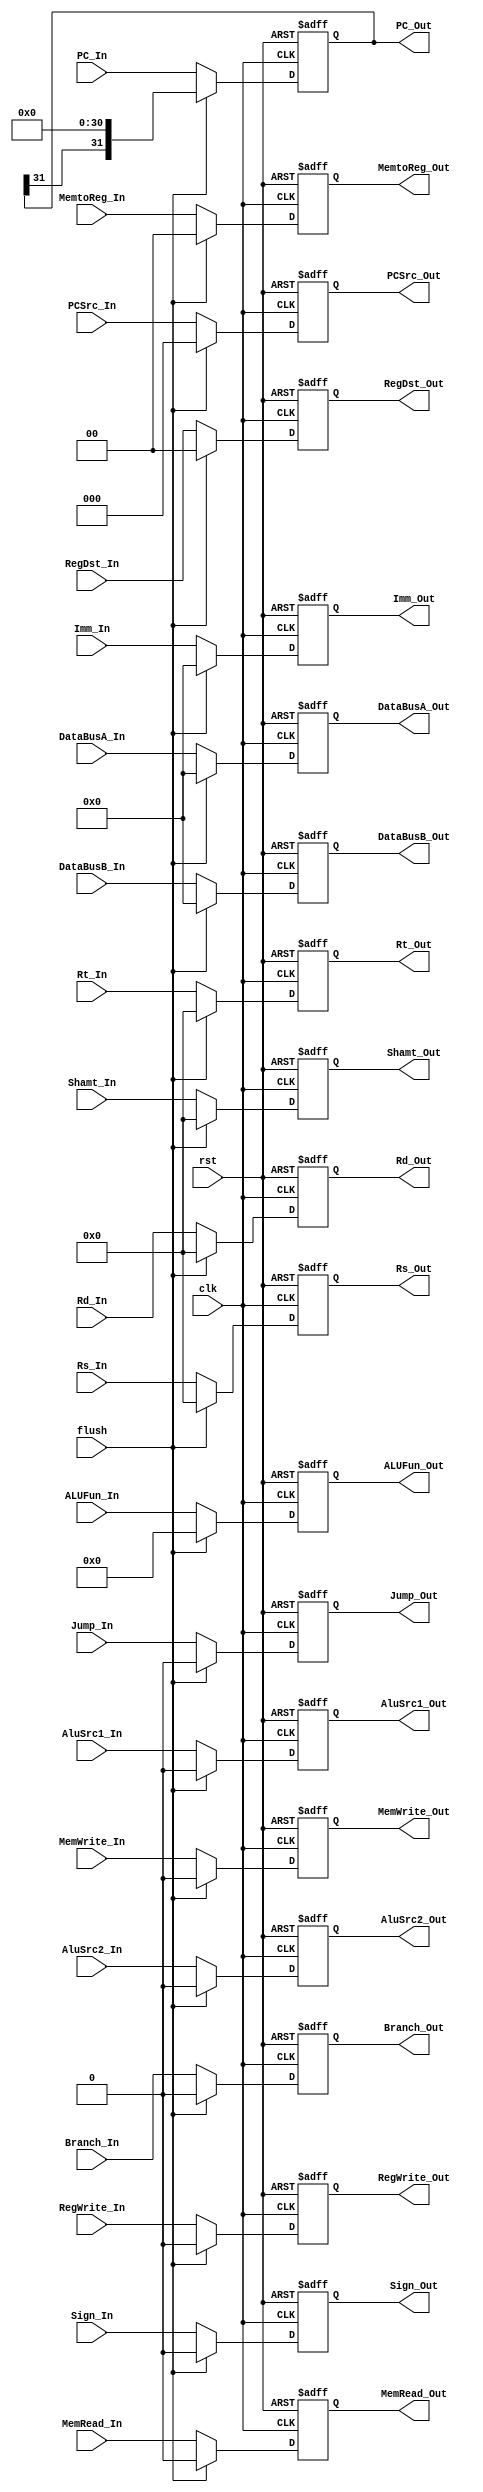
module ID2EX(
    input clk, rst, flush, 
    input AluSrc1_In, AluSrc2_In, RegWrite_In, Branch_In, Jump_In, MemWrite_In, MemRead_In, Sign_In,
    input [31:0] PC_In, DataBusA_In, DataBusB_In, Imm_In,
    input [4:0] Rd_In, Rt_In, Rs_In, Shamt_In, 
    input [5:0] ALUFun_In, 
    input [2:0] PCSrc_In, 
    input [1:0] RegDst_In, MemtoReg_In, 
    output reg AluSrc1_Out, AluSrc2_Out, RegWrite_Out, Branch_Out, Jump_Out, MemWrite_Out, MemRead_Out, Sign_Out,
    output reg [31:0] PC_Out, DataBusA_Out, DataBusB_Out, Imm_Out,
    output reg [4:0] Rd_Out, Rt_Out, Rs_Out, Shamt_Out, 
    output reg [5:0] ALUFun_Out, 
    output reg [2:0] PCSrc_Out, 
    output reg [1:0] RegDst_Out, MemtoReg_Out
);

    always @(posedge clk or posedge rst) begin
        if (rst) begin
            // reset
            AluSrc1_Out <= 0;
            AluSrc2_Out <= 0;
            RegWrite_Out <= 0;
            Branch_Out <= 0;
            Jump_Out <= 0;
            MemWrite_Out <= 0;
            MemRead_Out <= 0;
            Sign_Out <= 0;
            PC_Out <= 0;
            DataBusA_Out <= 0;
            DataBusB_Out <= 0;
            Imm_Out <= 0;
            Rd_Out <= 0;
            Rt_Out <= 0;
            Rs_Out <= 0;
            ALUFun_Out <= 0;
            PCSrc_Out <= 0;
            RegDst_Out <= 0;
            MemtoReg_Out <= 0;
            Shamt_Out <= 0;
        end else if (flush) begin
            // reset
            AluSrc1_Out <= 0;
            AluSrc2_Out <= 0;
            RegWrite_Out <= 0;
            Branch_Out <= 0;
            Jump_Out <= 0;
            MemWrite_Out <= 0;
            MemRead_Out <= 0;
            Sign_Out <= 0;
            PC_Out <= {PC_Out[31], {31{1'b0}}};
            DataBusA_Out <= 0;
            DataBusB_Out <= 0;
            Imm_Out <= 0;
            Rd_Out <= 0;
            Rt_Out <= 0;
            Rs_Out <= 0;
            ALUFun_Out <= 0;
            PCSrc_Out <= 0;
            RegDst_Out <= 0;
            MemtoReg_Out <= 0;
            Shamt_Out <= 0;
        end else begin
            AluSrc1_Out <= AluSrc1_In;
            AluSrc2_Out <= AluSrc2_In;
            RegWrite_Out <= RegWrite_In;
            Branch_Out <= Branch_In;
            Jump_Out <= Jump_In;
            MemWrite_Out <= MemWrite_In;
            MemRead_Out <= MemRead_In;
            Sign_Out <= Sign_In;
            PC_Out <= PC_In;
            DataBusA_Out <= DataBusA_In;
            DataBusB_Out <= DataBusB_In;
            Imm_Out <= Imm_In;
            Rd_Out <= Rd_In;
            Rt_Out <= Rt_In;
            Rs_Out <= Rs_In;
            ALUFun_Out <= ALUFun_In;
            PCSrc_Out <= PCSrc_In;
            RegDst_Out <= RegDst_In;
            MemtoReg_Out <= MemtoReg_In;
            Shamt_Out <= Shamt_In;
        end
    end
endmodule